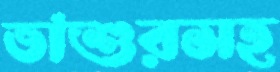
ভাশুরসহ